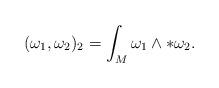
LaTeX: \begin{align*}(\omega_1,\omega_2)_2=\int_M \omega_1 \wedge *\omega_2.\end{align*}